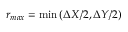
r _ { m a x } = \operatorname* { m i n } \left( \Delta X / 2 , \Delta Y / 2 \right)